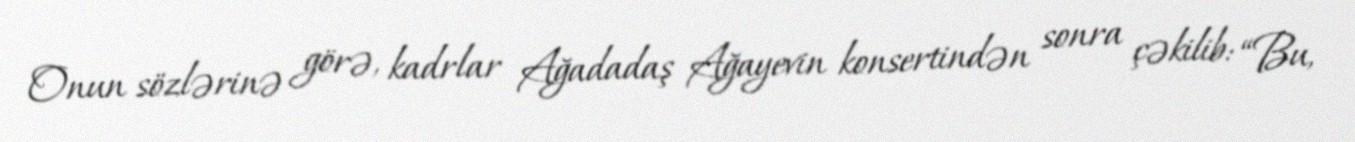
Onun sözlərinə görə, kadrlar Ağadadaş Ağayevin konsertindən sonra çəkilib: “Bu,